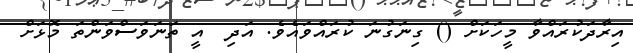
އިރާދަކުރައްވާ މީހަކަށް () ގިނަގުނަ ކުރައްވައެވެ. އަދި  އީ ތަނަވަސްވަންތަަ މޮޅަށް